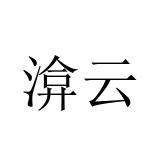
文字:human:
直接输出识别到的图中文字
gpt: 渰云